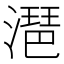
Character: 潖